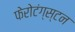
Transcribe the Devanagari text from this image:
फेरोटंग्स्टन